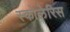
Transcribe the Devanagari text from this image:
स्कोलेरिस